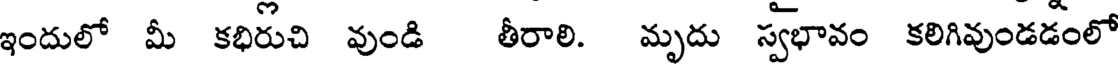
ఇందులో మీ కభిరుచి వుండి తీరాలి. మృదు స్వభావం కలిగివుండడంలో